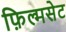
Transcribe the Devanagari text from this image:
फ़िल्मसेट